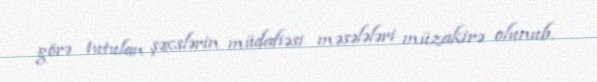
görə tutulan şəxslərin müdafiəsi məsələləri müzakirə olunub.